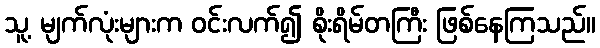
သူ့ မျက်လုံးများက ဝင်းလက်၍ စိုးရိမ်တကြီး ဖြစ်နေကြသည်။